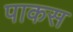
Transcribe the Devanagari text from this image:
पाकस